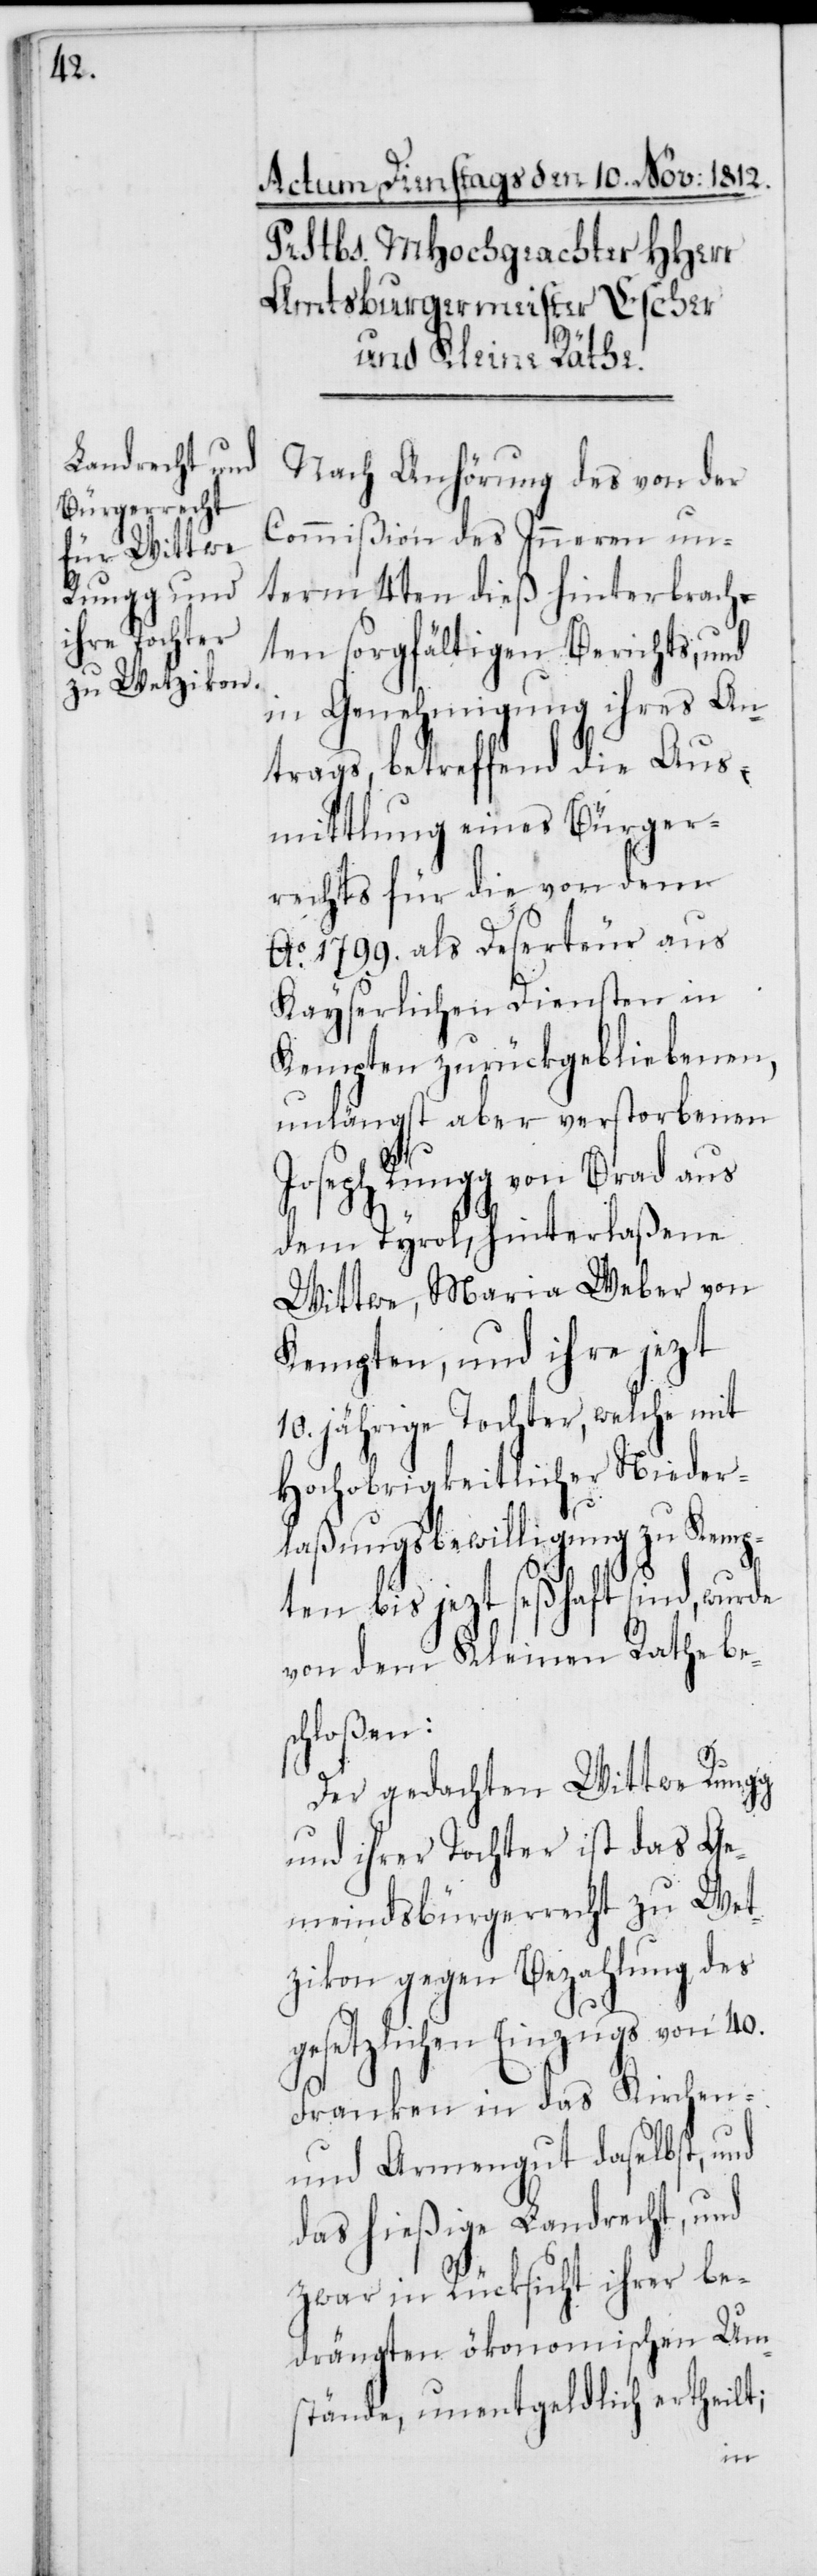
Nach Anhörung des von der
Commißion des Inneren un¬
term 4ten dieß hinterbrach¬
ten sorgfältigen Berichts, und
in Genehmigung ihres An¬
trags, betreffend die Aus¬
mittlung eines Bürger¬
rechts für die von dem
Ao 1799. als Deserteur aus
Kayserlichen Diensten in
Kempten zurückgebliebenen,
unlängst aber verstorbenen
Joseph Rungg von Brad aus
dem Tyrol, hinterlaßene
Wittwe, Maria Weber von
Kempten, und ihre jezt
10. jährige Tochter, welche mit
Hochobrigkeitlicher Nieder¬
laßungsbewilligung zu Kemp¬
ten bis jezt seßhaft sind, wurde
von dem Kleinen Rathe be¬
schloßen:
Der gedachten Wittwe Rungg
und ihrer Tochter ist das Ge¬
meindsbürgerrecht zu Wet¬
zikon gegen Bezahlung des
gesetzlichen Einzugs von 40.
Franken in das Kirchen-
und Armengut daselbst, und
das hießige Landrecht, und
zwar in Rücksicht ihrer be¬
drängten ökonomischen Um¬
stände, unentgeldlich ertheilt;